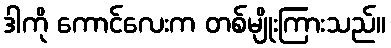
ဒါကို ကောင်လေးက တစ်မျိုးကြားသည်။